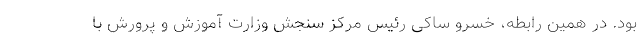
بود. در همین رابطه، خسرو ساکی رئیس مرکز سنجش وزارت آموزش و پرورش با